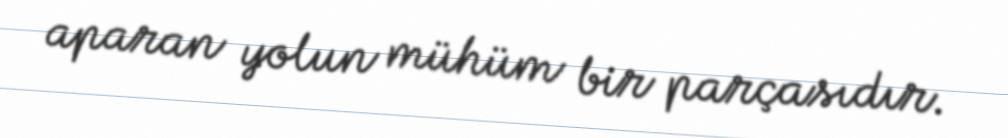
aparan yolun mühüm bir parçasıdır.